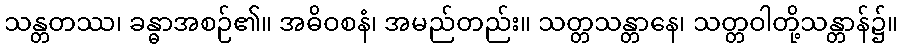
သန္တတဿ၊ ခန္ဓာအစဉ်၏။ အဓိဝစနံ၊ အမည်တည်း။ သတ္တသန္တာနေ၊ သတ္တဝါတို့သန္တာန်၌။